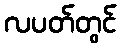
လပတ်တွင်